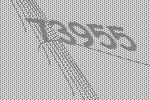
73955